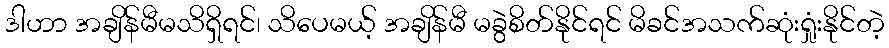
ဒါဟာ အချိန်မီမသိရှိရင်၊ သိပေမယ့် အချိန်မီ မခွဲစိတ်နိုင်ရင် မိခင်အသက်ဆုံးရှုံးနိုင်တဲ့